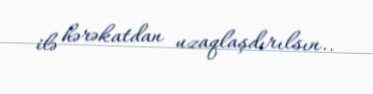
ilə hərəkatdan uzaqlaşdırılsın..